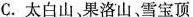
C.太白山、果洛山、雪宝顶